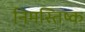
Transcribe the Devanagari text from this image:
निमस्तिष्क